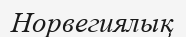
Норвегиялық